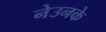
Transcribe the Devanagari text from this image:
नेउनके